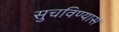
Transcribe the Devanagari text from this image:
सुचविण्यास